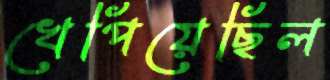
খেপিয়েছিল